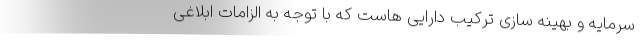
سرمایه و بهینه سازی ترکیب دارایی هاست که با توجه به الزامات ابلاغی